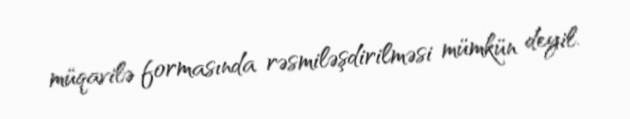
müqavilə formasında rəsmiləşdirilməsi mümkün deyil.